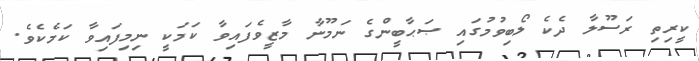
ކީރިތި ރަސޫލާ ދެކެ ލޯބިވުމުގައި ޞަޙާބީންގެ ނަމޫނާ މާޒީވެފައިވާ ކަމަކީ ނިމިފައިވާ ކަމެކެވެ.